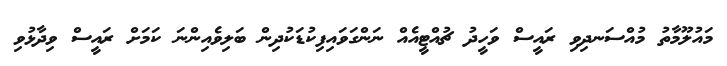
މައުލޫމާތު މުއްސަނދިވި ރައީސް ވަހީދު ޗުއްޓީއެއް ނަންގަވައިފިކުޑަކުދިން ބަލިވެއިންނަ ކަމަށް ރައީސް ވިދާޅުވި